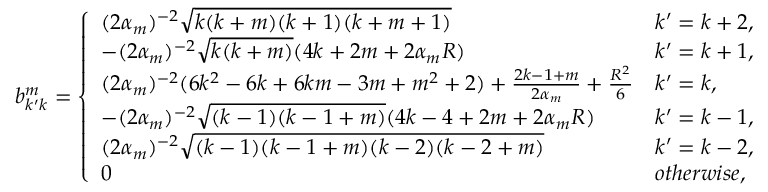
b _ { k ^ { \prime } k } ^ { m } = \left\{ \begin{array} { l l } { ( 2 \alpha _ { m } ) ^ { - 2 } \sqrt { k ( k + m ) ( k + 1 ) ( k + m + 1 ) } } & { k ^ { \prime } = k + 2 , } \\ { - ( 2 \alpha _ { m } ) ^ { - 2 } \sqrt { k ( k + m ) } ( 4 k + 2 m + 2 \alpha _ { m } R ) } & { k ^ { \prime } = k + 1 , } \\ { ( 2 \alpha _ { m } ) ^ { - 2 } ( 6 k ^ { 2 } - 6 k + 6 k m - 3 m + m ^ { 2 } + 2 ) + \frac { 2 k - 1 + m } { 2 \alpha _ { m } } + \frac { R ^ { 2 } } { 6 } } & { k ^ { \prime } = k , } \\ { - ( 2 \alpha _ { m } ) ^ { - 2 } \sqrt { ( k - 1 ) ( k - 1 + m ) } ( 4 k - 4 + 2 m + 2 \alpha _ { m } R ) } & { k ^ { \prime } = k - 1 , } \\ { ( 2 \alpha _ { m } ) ^ { - 2 } \sqrt { ( k - 1 ) ( k - 1 + m ) ( k - 2 ) ( k - 2 + m ) } } & { k ^ { \prime } = k - 2 , } \\ { 0 } & { o t h e r w i s e , } \end{array} \right.